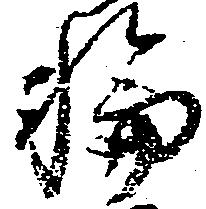
輪